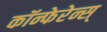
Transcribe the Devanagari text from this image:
कॉन्फेरेन्स्